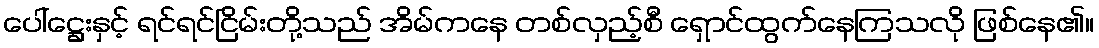
ပေါ်ဋ္ဌေးနှင့် ရင်ရင်ငြိမ်းတို့သည် အိမ်ကနေ တစ်လှည့်စီ ရှောင်ထွက်နေကြသလို ဖြစ်နေ၏။